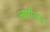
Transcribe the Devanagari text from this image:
आधीनस्त